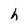
Character: h